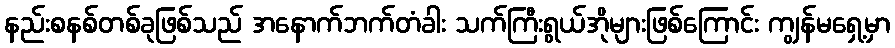
နည်းစနစ်တစ်ခုဖြစ်သည် အနောက်ဘက်တံခါး သက်ကြီးရွယ်အိုများဖြစ်ကြောင်း ကျွန်မရှေ့မှာ